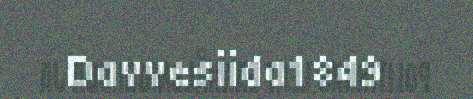
Davvesiida1849